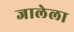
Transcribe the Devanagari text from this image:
जालेला